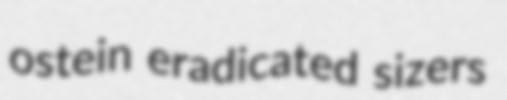
ostein eradicated sizers